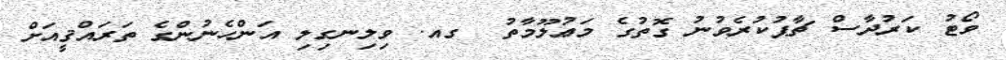
ވޯޓު ކަރުދާސް ޗާޕުކުރެވުނު ގޮތުގެ މަޢުލޫމާތު  ގއ. ވިލިނގިލި އަންހެނުންގެ ތަރައްޤީއަށް